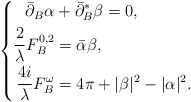
\begin{align*}\left\{\begin{aligned}\bar\partial_{B}\alpha &+\bar\partial_{B}^{*}\beta=0,\\\frac2{\lambda}F_{B}^{0,2} &=\bar{\alpha}\beta,\\\frac{4 i}{\lambda}F_{B}^{\omega} &=4\pi+|\beta|^2-|\alpha|^2.\end{aligned}\right.\end{align*}